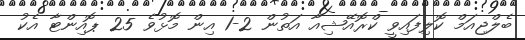
ބެލްޖިއަމް ކޮލިފައިވީ ކްރޮއޭޝިއާ އަތުން 2-1 އިން މޮޅުވެ 25 ޕޮއިންޓާ އެކު